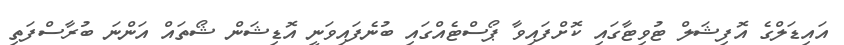
އައިޑަލްގެ އޮފިޝަލް ޓުވިޓާގައި ކޮށްފައިވާ ޕޯސްޓެއްގައި ބުނެފައިވަނީ އޮޑިޝަން ޝޯތައް އަންނަ ބުރާސްފަތި